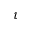
\iota